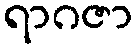
ရာဂဇာ